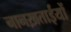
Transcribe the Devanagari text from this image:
नानख़ताईयों